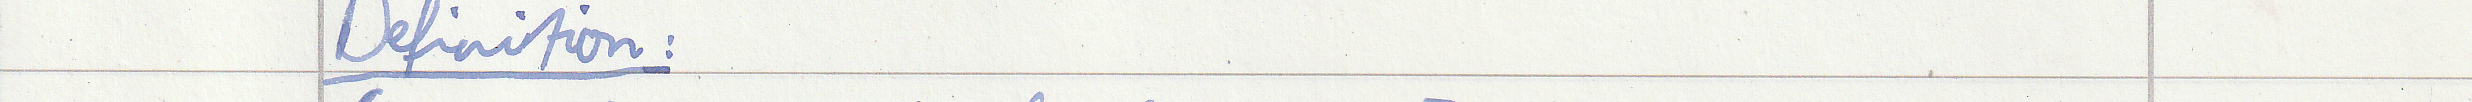
Definition: